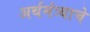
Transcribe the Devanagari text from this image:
अर्थमंत्र्याचे